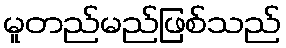
မူတည်မည်ဖြစ်သည်